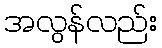
အလွန်လည်း